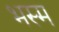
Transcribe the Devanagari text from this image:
भस्‍म